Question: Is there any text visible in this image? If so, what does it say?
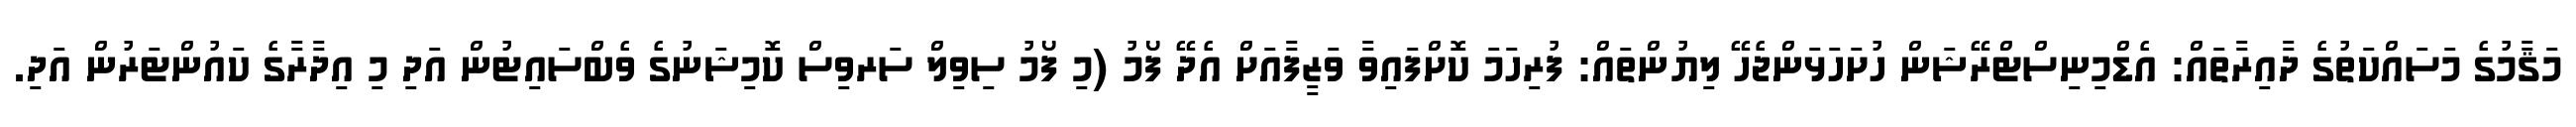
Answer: މަޤާމުގެ މަސައްކަތުގެ ދާއިރާތައް: އެޑްމިނިސްޓްރޭޝަން ހުށަހަޅަންޖެހޭ ލިޔުންތައް: ފުރިހަމަ ކޮށްފައިވާ ވަޒީފާއަށް އެދޭ ފޯމު (މި ފޯމު ސިވިލް ސަރވިސް ކޮމިޝަނުގެ ވެބްސައިޓުން އަދި މި އިދާރާގެ ކައުންޓަރުން އަދި.